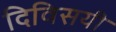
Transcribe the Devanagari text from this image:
दिविसयी